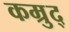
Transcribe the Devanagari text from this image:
कम्रुद्